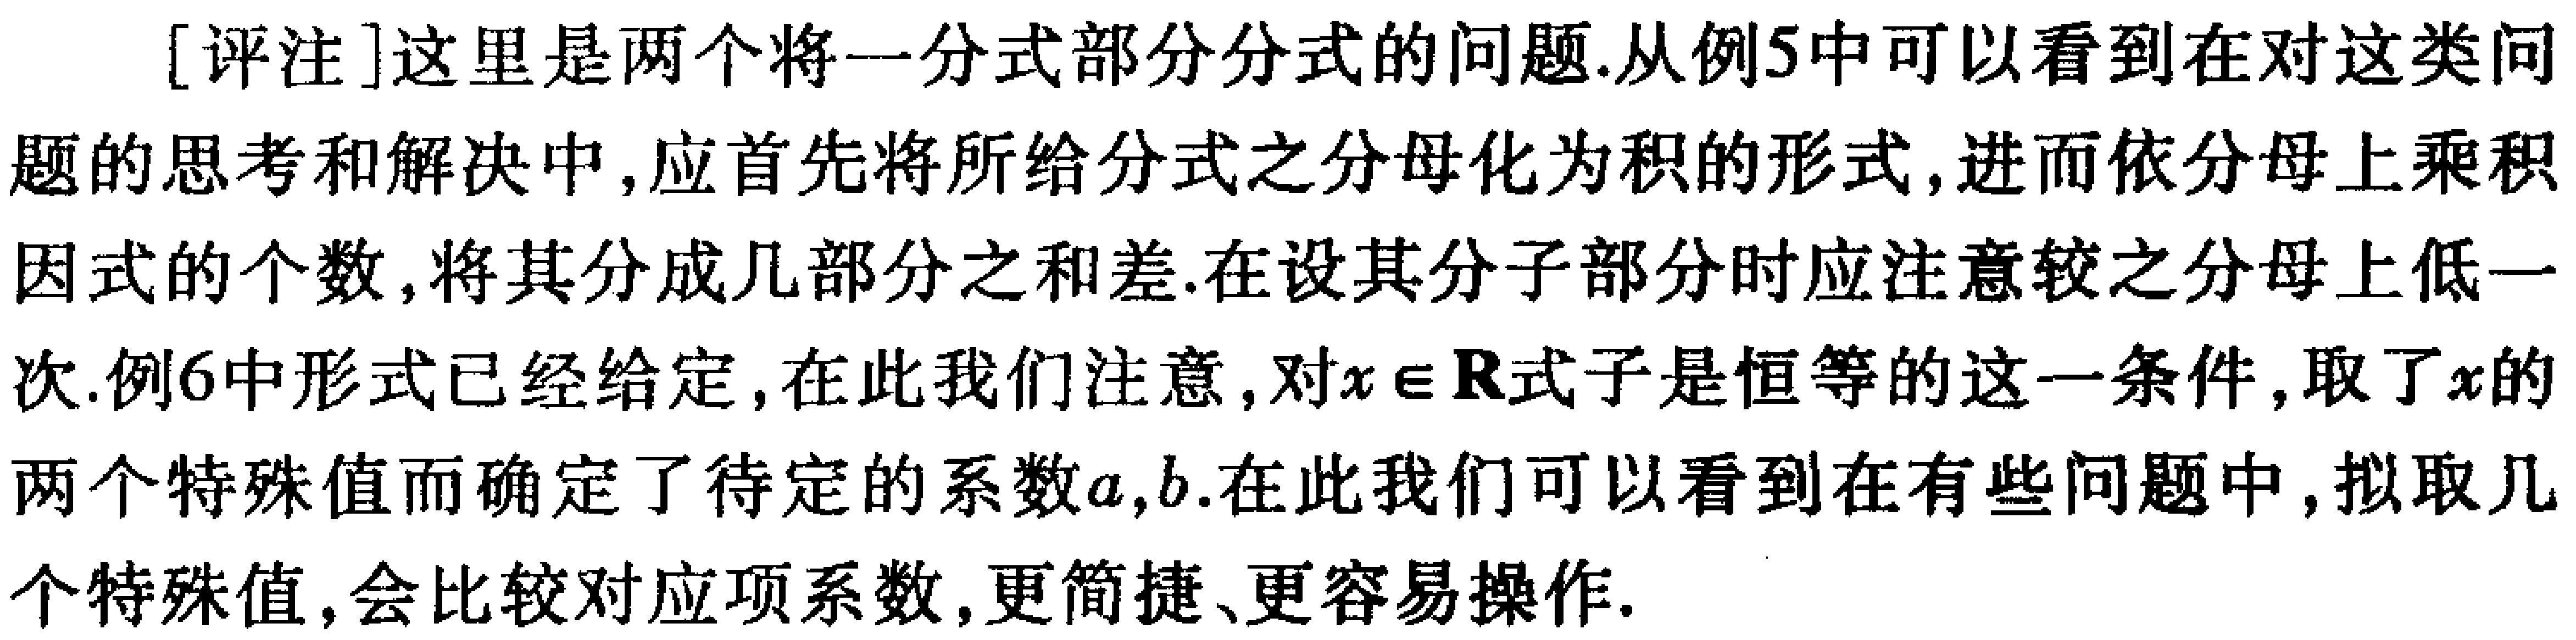
[评注]这里是两个将一分式部分分式的问题.从例5中可以看到在对这类问题的思考和解决中,应首先将所给分式之分母化为积的形式,进而依分母上乘积因式的个数,将其分成几部分之和差.在设其分子部分时应注意较之分母上低一次.例6中形式已经给定,在此我们注意,对\(x\in\mathbb{R}\)式子是恒等的这一条件,取了\(x\)的两个特殊值而确定了待定的系数\(a,b\).在此我们可以看到在有些问题中,拟取几个特殊值,会比较对应项系数,更简捷、更容易操作.